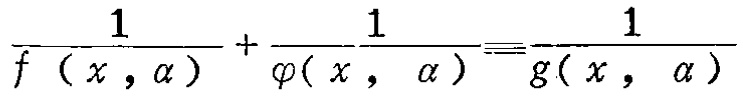
$\frac{1}{f\left(x,\alpha\right)}+\frac{1}{\varphi\left(x,\alpha\right)}=\frac{1}{g\left(x,\alpha\right)}$